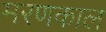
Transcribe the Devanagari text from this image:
मरणकाल